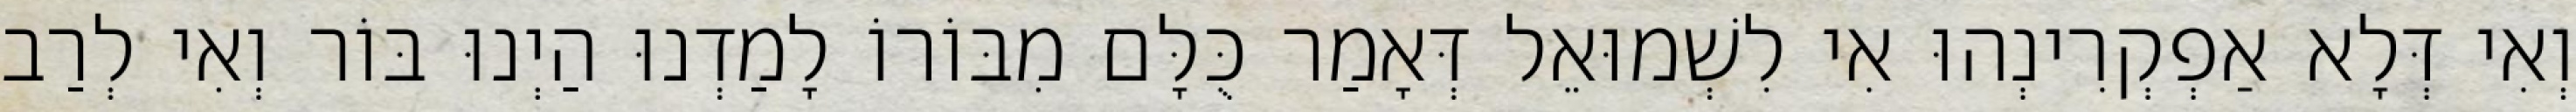
וְאִי דְּלָא אַפְקְרִינְהוּ אִי לִשְׁמוּאֵל דְּאָמַר כֻּלָּם מִבּוֹרוֹ לָמַדְנוּ הַיְנוּ בּוֹר וְאִי לְרַב